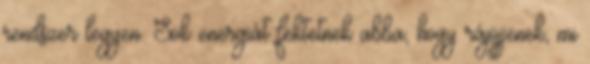
rendszer legyen. Sok energiát fektetnek abba, hogy rájöjjenek, mi